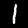
Digit: 1